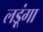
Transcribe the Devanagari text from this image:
लड़ूंगा